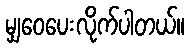
မျှ၀ေပေးလိုက်ပါတယ်။